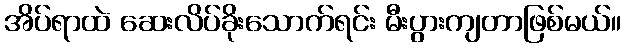
အိပ်ရာထဲ ဆေးလိပ်ခိုးသောက်ရင်း မီးပွားကျတာဖြစ်မယ်။